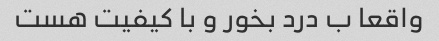
واقعا ب درد بخور و با کیفیت هست